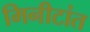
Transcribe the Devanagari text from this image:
मिनीटांत